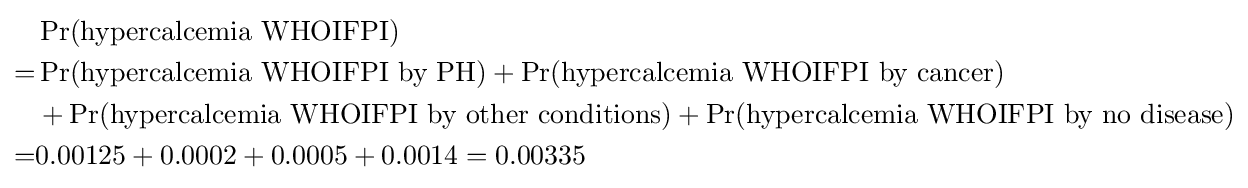
{\begin{aligned}&\Pr({\text{hypercalcemia WHOIFPI}})\\=&\Pr({\text{hypercalcemia WHOIFPI by PH}})+\Pr({\text{hypercalcemia WHOIFPI by cancer}})\\&{}+\Pr({\text{hypercalcemia WHOIFPI by other conditions}})+\Pr({\text{hypercalcemia WHOIFPI by no disease}})\\=&0.00125+0.0002+0.0005+0.0014=0.00335\end{aligned}}